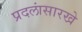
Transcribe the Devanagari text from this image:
प्रदलांसारखे